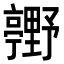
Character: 𮡢